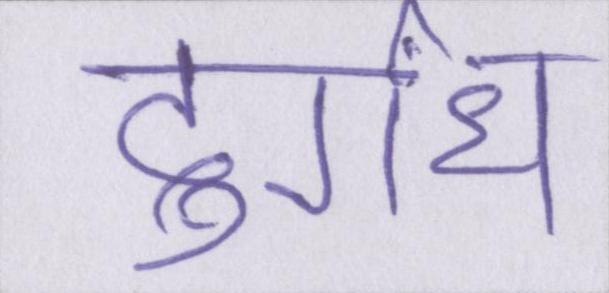
दुर्गंध